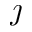
\jmath